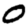
Digit: 0